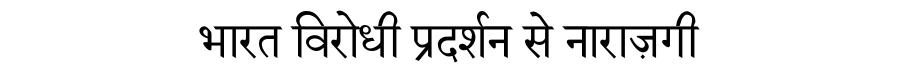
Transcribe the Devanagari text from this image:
भारत विरोधी प्रदर्शन से नाराज़गी